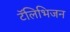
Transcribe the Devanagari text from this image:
टॅलिभिजन